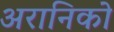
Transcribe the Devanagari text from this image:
अरानिको